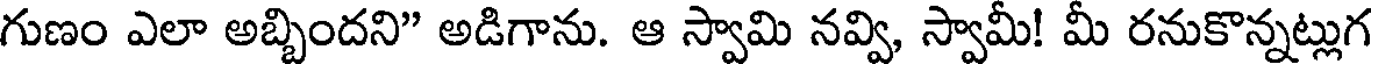
గుణం ఎలా అబ్బిందని" అడిగాను. ఆ స్వామి నవ్వి, స్వామీ! మీ రనుకొన్నట్లుగ